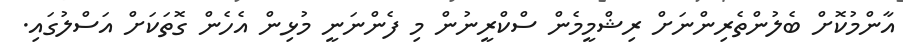
އާންމުކޮށް ބެލުންތެރިންނަށް ރިޝްމީމެން ސްކްރީނުން މި ފެންނަނީ މުޅިން އެހެން ގޮތަކަށް އަސްލުގައި.